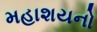
મહાશયનો